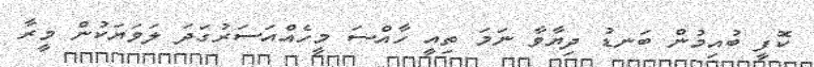
ކޮފީ ބުއިމުން ބަނޑު ދިޔާވާ ނަމަ ތިއީ ހާއްސަ މީހެއްއަސަރުގަދަ ލަވަޔަކުން މީރާ